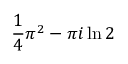
{ \frac { 1 } { 4 } } \pi ^ { 2 } - \pi i \ln 2